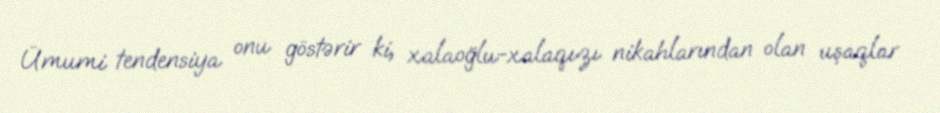
Ümumi tendensiya onu göstərir ki, xalaoğlu-xalaqızı nikahlarından olan uşaqlar